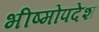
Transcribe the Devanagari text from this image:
भीष्मोपदेश